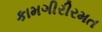
કામગીરીરમત